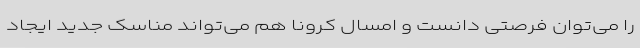
را می‌توان فرصتی دانست و امسال کرونا هم می‌تواند مناسک جدید ایجاد